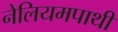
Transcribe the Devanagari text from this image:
नेलियमपाथी